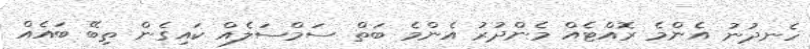
ހެނދުނު އެންމެ ރޮއްޓެއް މެންދުރު އެންމެ ބަތް ސަމްސަލެއް ކައިގެން ތިބޭ ބައެއް